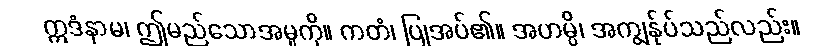
ဣဒံနာမ၊ ဤမည်သောအမှုကို။ ကတံ၊ ပြုအပ်၏။ အဟမ္ပိ၊ အကျွန်ုပ်သည်လည်း။